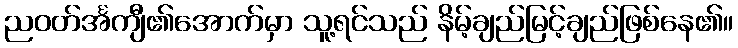
ညဝတ်င်္အကျီ၏အောက်မှာ သူ့ရင်သည် နိမ့်ချည်မြင့်ချည်ဖြစ်နေ၏။